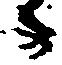
々